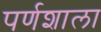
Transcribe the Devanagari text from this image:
पर्णशाला